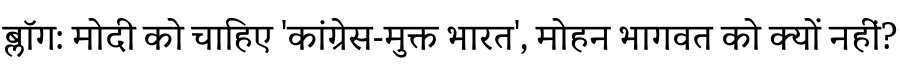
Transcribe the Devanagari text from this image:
ब्लॉग: मोदी को चाहिए 'कांग्रेस-मुक्त भारत', मोहन भागवत को क्यों नहीं?